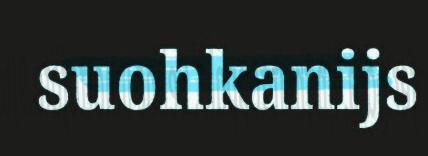
suohkanijs